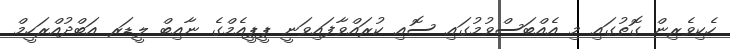
ހެކިވެރިން ގޮތުގައި މި އެއްބަސްވުމުގައި ސޮއި ކުރައްވާފައިވަނީ ޕީޕީއެމްގެ ނާއިބް ލީޑަރ އަބްދުއްރަހީމް